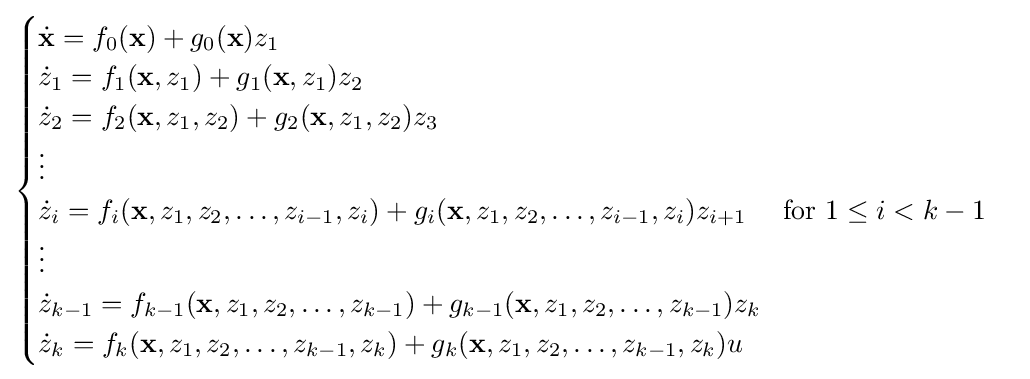
{\begin{cases}{\dot {\mathbf {x} }}=f_{0}(\mathbf {x} )+g_{0}(\mathbf {x} )z_{1}\\{\dot {z}}_{1}=f_{1}(\mathbf {x} ,z_{1})+g_{1}(\mathbf {x} ,z_{1})z_{2}\\{\dot {z}}_{2}=f_{2}(\mathbf {x} ,z_{1},z_{2})+g_{2}(\mathbf {x} ,z_{1},z_{2})z_{3}\\\vdots \\{\dot {z}}_{i}=f_{i}(\mathbf {x} ,z_{1},z_{2},\ldots ,z_{i-1},z_{i})+g_{i}(\mathbf {x} ,z_{1},z_{2},\ldots ,z_{i-1},z_{i})z_{i+1}\quad {\text{ for }}1\leq i<k-1\\\vdots \\{\dot {z}}_{k-1}=f_{k-1}(\mathbf {x} ,z_{1},z_{2},\ldots ,z_{k-1})+g_{k-1}(\mathbf {x} ,z_{1},z_{2},\ldots ,z_{k-1})z_{k}\\{\dot {z}}_{k}=f_{k}(\mathbf {x} ,z_{1},z_{2},\ldots ,z_{k-1},z_{k})+g_{k}(\mathbf {x} ,z_{1},z_{2},\dots ,z_{k-1},z_{k})u\end{cases}}